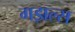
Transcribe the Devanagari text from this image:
गझल्स